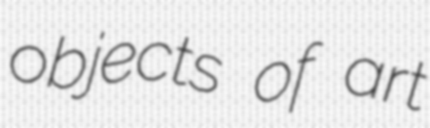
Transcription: objects of art